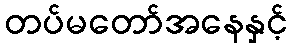
တပ်မတော်အနေနှင့်